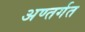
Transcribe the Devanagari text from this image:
अण्तर्गत